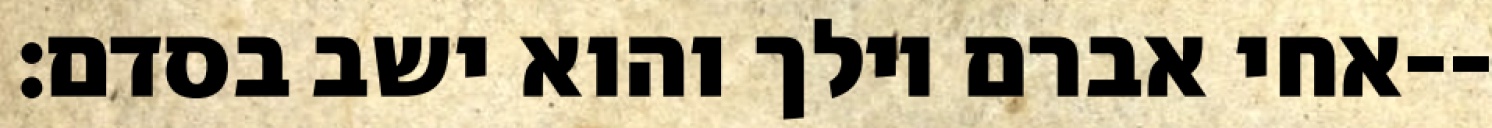
אחי אברם וילך והוא ישב בסדם׃--